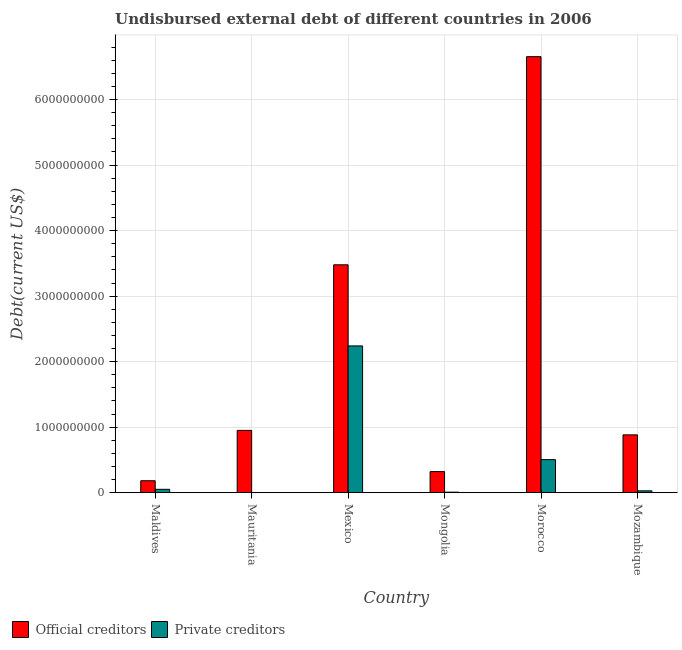
| Country | Official creditors | Private creditors |
 | --- | --- | --- |
 | Maldives | 1.83e+08 | 5.18e+07 |
 | Mauritania | 9.51e+08 | 5.1e+04 |
 | Mexico | 3.48e+09 | 2.24e+09 |
 | Mongolia | 3.22e+08 | 8.4e+06 |
 | Morocco | 6.65e+09 | 5.05e+08 |
 | Mozambique | 8.83e+08 | 2.85e+07 |